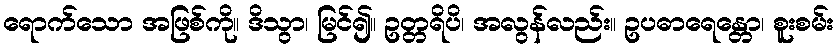
ရောက်သော အဖြစ်ကို။ ဒိသွာ၊ မြင်၍။ ဥတ္တရိပိ၊ အလွန်လည်း။ ဥပဓာရေန္တော၊ စူးစမ်း